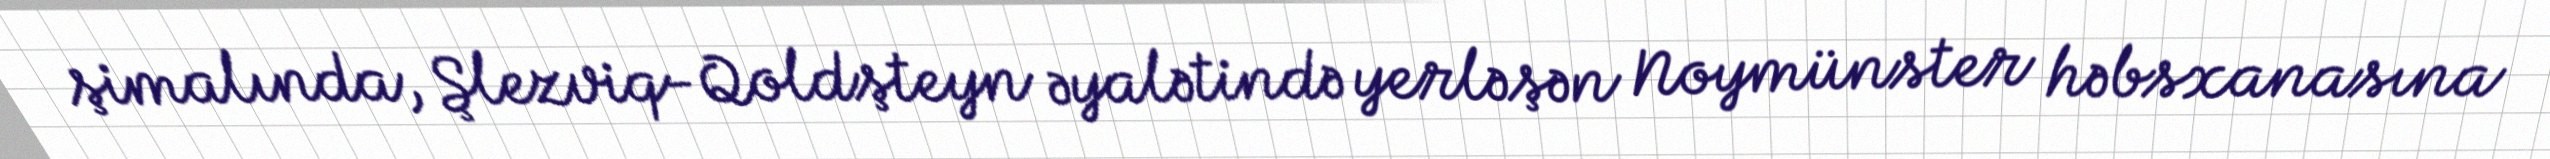
şimalında, Şlezviq-Qoldşteyn əyalətində yerləşən Noymünster həbsxanasına